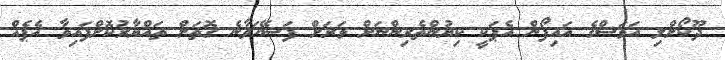
ދޫކޯށްލި އަވަސްގެ އައިފޯން އެޕަކީ ކިޔުންތެރިންނަށް ވަރަށް ފަސޭހަވާނެ ގޮތަށް ތައްޔާރުކޮށްފައިވާ އެޕެއް